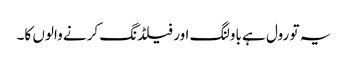
یہ تو رول ہے باولنگ اور فیلڈنگ کرنے والوں کا۔